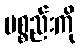
ပစ္စည်းကို